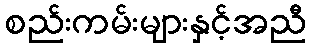
စည်းကမ်းများနှင့်အညီ